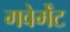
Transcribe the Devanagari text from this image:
गवेर्मेंट